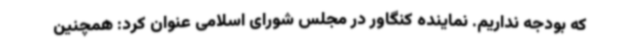
که بودجه نداریم. نماینده کنگاور در مجلس شورای اسلامی عنوان کرد: همچنین